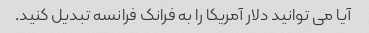
آیا می توانید دلار آمریکا را به فرانک فرانسه تبدیل کنید.